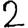
Digit: 2